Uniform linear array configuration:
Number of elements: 8
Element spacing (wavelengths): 0.75
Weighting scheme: hann
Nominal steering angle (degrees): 15
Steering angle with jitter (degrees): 15.804
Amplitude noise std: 0.05
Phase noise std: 0.05

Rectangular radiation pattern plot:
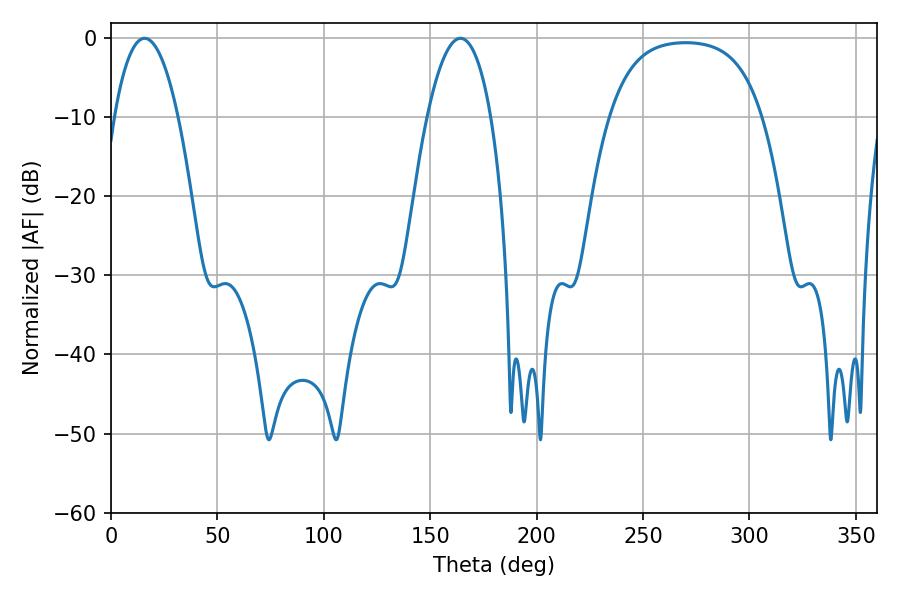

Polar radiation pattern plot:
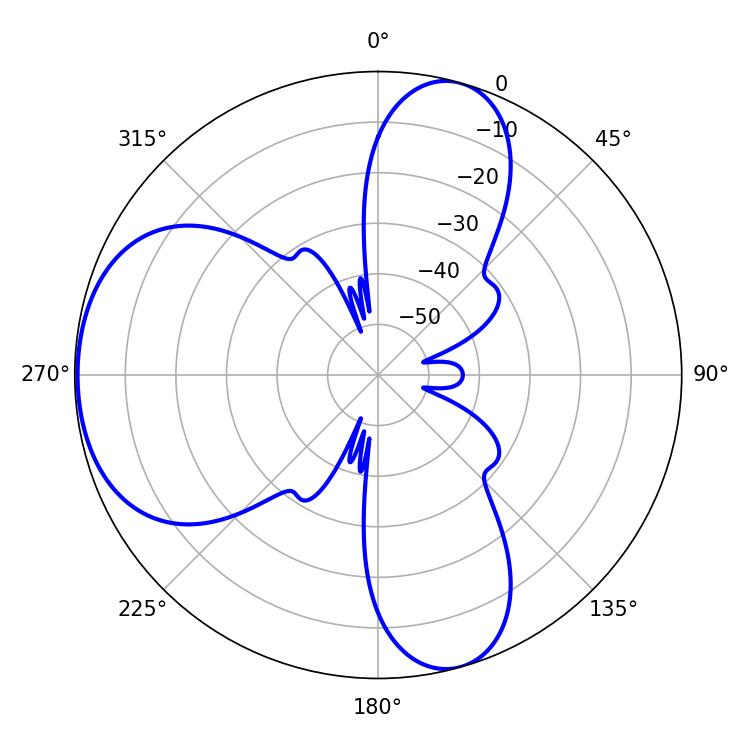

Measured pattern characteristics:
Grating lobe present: TRUE
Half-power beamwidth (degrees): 16.56
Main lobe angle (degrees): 15.84